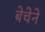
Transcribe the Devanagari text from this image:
बेचेने